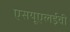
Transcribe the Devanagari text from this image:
एसयूएलईवी